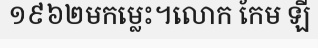
១៩៦២មកម្លេះ។លោក កែម ឡី